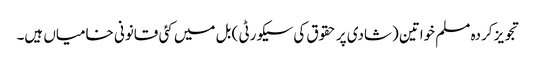
تجویز کردہ مسلم خواتین (شادی پر حقوق کی سیکورٹی ) بل میں کئی قانونی خامیاں ہیں۔